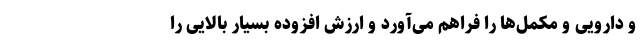
و دارویی و مکمل‌ها را فراهم می‌آورد و ارزش افزوده بسیار بالایی را